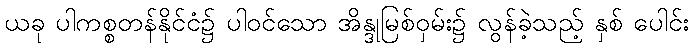
ယခု ပါကစ္စတန်နိုင်ငံ၌ ပါဝင်သော အိန္ဒုမြစ်ဝှမ်း၌ လွန်ခဲ့သည့် နှစ် ပေါင်း